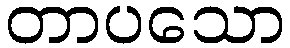
တာပသော